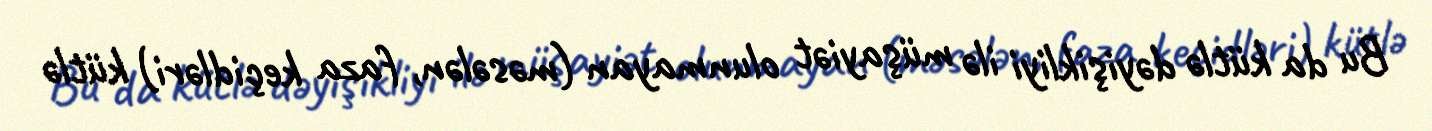
Bu da kütlə dəyişikliyi ilə müşayiət olunmayan (məsələn, faza keçidləri) kütlə